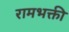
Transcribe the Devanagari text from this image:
रामभक्ती